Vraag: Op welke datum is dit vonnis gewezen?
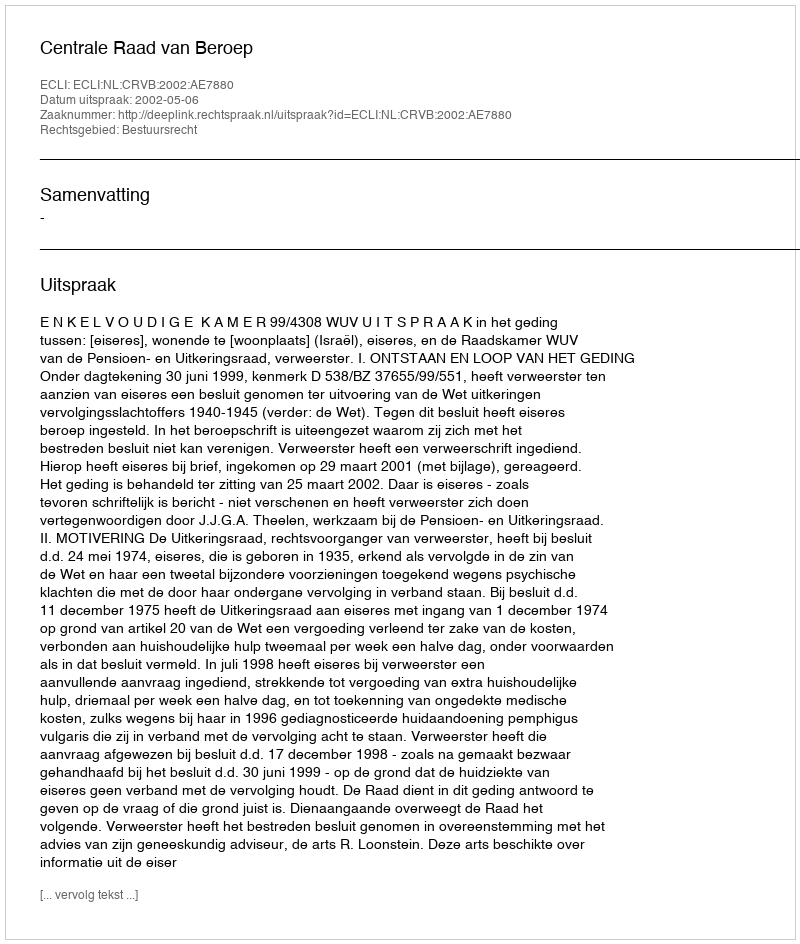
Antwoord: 2002-05-06